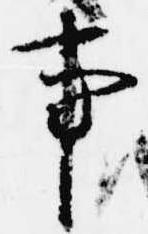
事